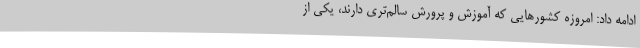
ادامه داد: امروزه کشورهایی که آموزش و پرورش سالم‌تری دارند، یکی از